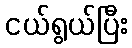
ငယ်ရွယ်ပြီး